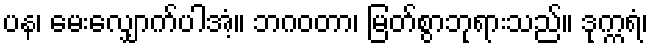
ပန၊ မေးလျှောက်ပါအံ့။ ဘဂဝတာ၊ မြတ်စွာဘုရားသည်။ ဒုက္ကရံ၊